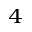
_ 4